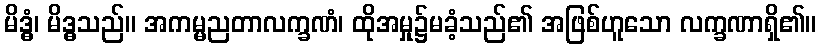
မိဒ္ဓံ၊ မိဒ္ဓသည်။ အကမ္မညတာလက္ခဏံ၊ ထိုအမှု၌မခံ့သည်၏ အဖြစ်ဟူသော လက္ခဏာရှိ၏။